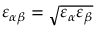
\varepsilon _ { \alpha \beta } = \sqrt { \varepsilon _ { \alpha } \varepsilon _ { \beta } }